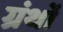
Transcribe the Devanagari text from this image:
ग्रंर्थों